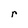
Character: r